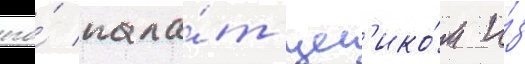
его́ пала́т цел'ико́м и́з